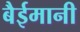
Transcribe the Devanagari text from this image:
बैईमानी